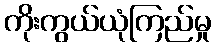
ကိုးကွယ်ယုံကြည်မှု